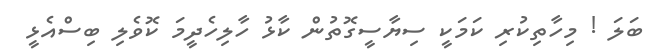
ބަލަ ! މިހާތިކުރި ކަމަކީ ސިޔާސީގޮތުން ކާޅު ހާލިހެދީމަ ކޮވެލި ބިސްއެޅީ